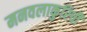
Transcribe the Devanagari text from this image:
मनवलाकुरिची